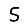
Digit: 5